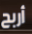
أربح